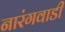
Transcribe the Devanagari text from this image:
नारंगवाडी